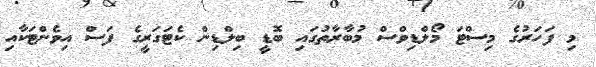
މި ފަހަރުގެ މިސްޓަ މޯލްޑިވްސް މުބާރާތުގައި ބޮޑީ ބިލްޑިން ކެޓަގަރީގެ ފަސް އިވެންޓަކާއި